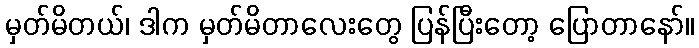
မှတ်မိတယ်၊ ဒါက မှတ်မိတာလေးတွေ ပြန်ပြီးတော့ ပြောတာနော်။